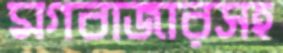
মগবাজারসহ